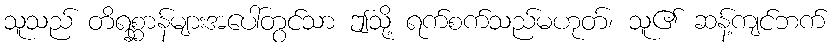
သူသည် တိရစ္ဆာန်များအပေါ်တွင်သာ ဤသို့ ရက်စက်သည်မဟုတ်၊ သူ၏ ဆန့်ကျင်ဘက်